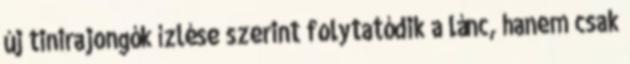
új tinirajongók ízlése szerint folytatódik a lánc, hanem csak